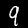
Digit: 9